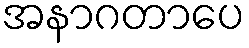
အနာဂတာပေ